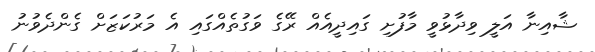
ޝާއިނާ އަލީ ވިދާޅުވީ މާފުށި ގައިދީއެއް ރޭގެ ވަގުތެއްގައި އެ މަރުކަޒަށް ގެންދެވުނު